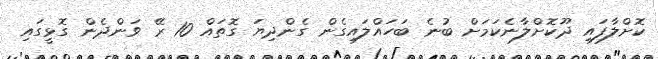
ކޮށްލާފައި ދޫކޮށްލާނެކަމަށް ބުނެ ބަހައްލައިގެން ގެންދިޔަ ގޮތައް 10 ރޭ ވަންދެން ގޮޅީގައި